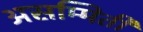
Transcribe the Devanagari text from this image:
असम्मिती